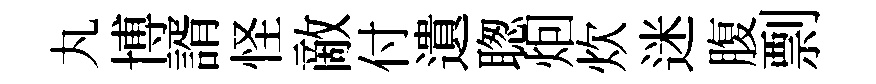
丸博諝怪敵付遺聦𤇆炊迷腹剽